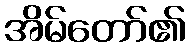
အိမ်တော်၏